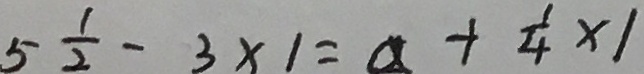
5 \frac { 1 } { 2 } - 3 \times 1 = a + \frac { 1 } { 4 } \times 1